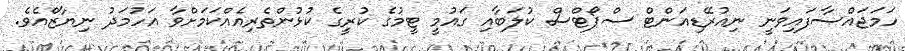
ހަމަޖައްސާފައިވަނީ ނިއުރޭޑިއަންޓް ސްޕޯޓްސް ކުލަބާއި ގައުމީ ޓީމުގެ ކުރީގެ ކުޅުންތެރިއެއްކަމަށްވާ އަހުމަދު ނިޔާޒްއެވެ.